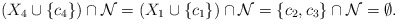
\begin{align*}(X_4\cup\{c_4\})\cap {\cal N}=(X_1\cup\{c_1\})\cap {\cal N}=\{c_2, c_3\}\cap {\cal N}=\emptyset.\end{align*}